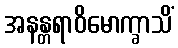
အနန္တရာဝိမောက္ခာသိံ